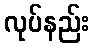
လုပ်နည်း